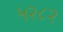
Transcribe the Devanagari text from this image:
५२८२